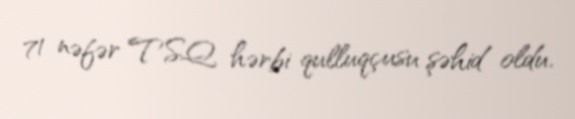
71 nəfər TSQ hərbi qulluqçusu şəhid oldu.